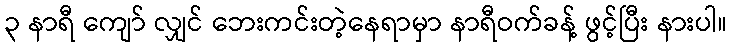
၃ နာရီ ကျော် လျှင် ဘေးကင်းတဲ့နေရာမှာ နာရီဝက်ခန့် ဖွင့်ပြီး နားပါ။